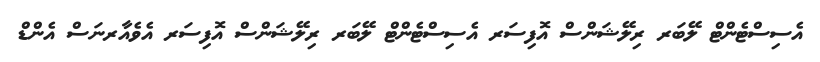
އެސިސްޓެންޓް ލޭބަރ ރިލޭޝަންސް އޮފިސަރ އެސިސްޓެންޓް ލޭބަރ ރިލޭޝަންސް އޮފިސަރ އެވެއާރނަސް އެންޑް